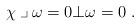
LaTeX: \begin{align*} \chi \mathbin{\lrcorner} \omega = 0 \bot \omega = 0 \ . \end{align*}